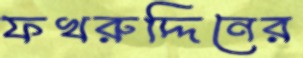
ফখরুদ্দিনের